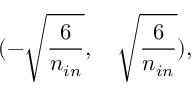
( - \sqrt { \frac { 6 } { n _ { i n } } } , \quad \sqrt { \frac { 6 } { n _ { i n } } } ) ,